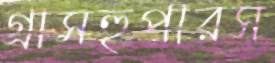
গ্রাসহুপারস